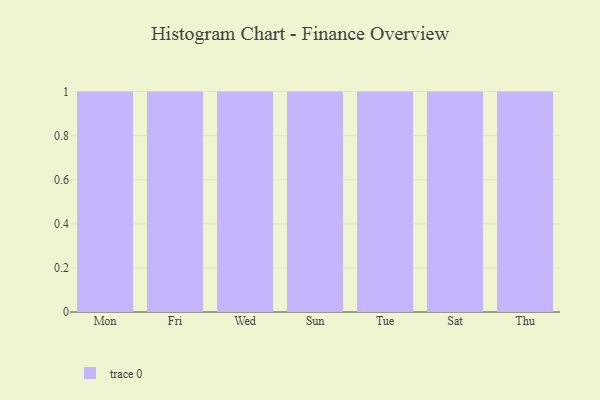
{"axis": {"x": "Day", "y": "Website Visitors"}, "legend": [""], "data": [{"x": "Mon", "y": 2, "type": ""}, {"x": "Fri", "y": 46, "type": ""}, {"x": "Wed", "y": 31, "type": ""}, {"x": "Sun", "y": 87, "type": ""}, {"x": "Tue", "y": 15, "type": ""}, {"x": "Sat", "y": 59, "type": ""}, {"x": "Thu", "y": 21, "type": ""}]}